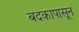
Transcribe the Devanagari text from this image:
बदकापासून